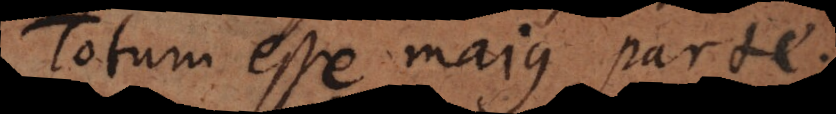
Totum esse majus parte.